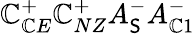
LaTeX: \mathbb{C}_{\mathbb{C}E}^{+}\mathbb{C}_{NZ}^{+}A_{\mathsf{S}}^{-}A_{\mathbb{C}1}^{-}